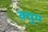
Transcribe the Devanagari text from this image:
क़्यूम